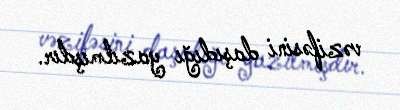
vəzifəsini daşıdığı yazılmışdır.